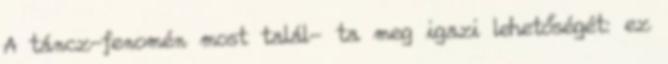
A táncz-fenomén most talál- ta meg igazi lehetőségét: ez